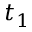
t _ { 1 }